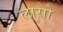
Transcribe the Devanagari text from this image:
लासो